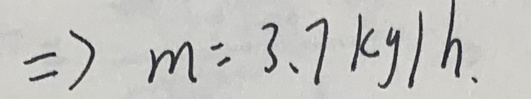
$\Rightarrow m = 3.7\ kg/h$